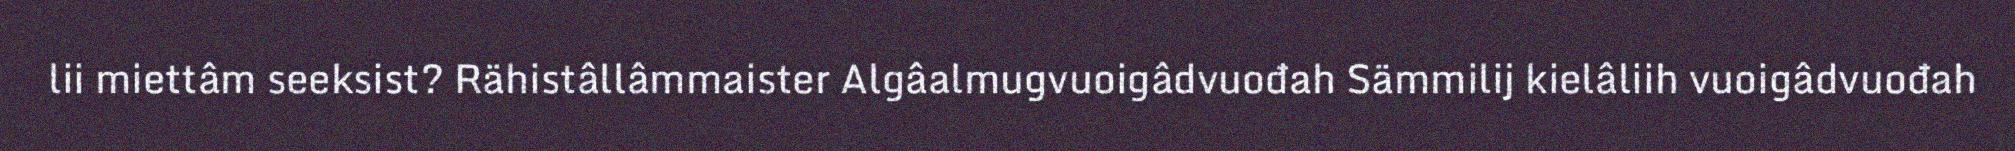
lii miettâm seeksist? Rähistâllâmmaister Algâalmugvuoigâdvuođah Sämmilij kielâliih vuoigâdvuođah